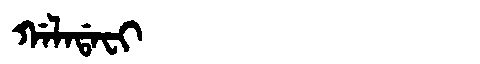
Manchu: ᡤᠠᠯᠠᡩᠠᠸᡳ
Romanization: GALADAFI